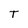
Character: T